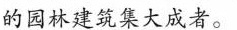
的园林建筑集大成者。